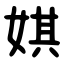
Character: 娸